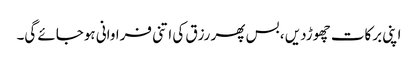
اپنی برکات چھوڑدیں ، بس پھر رزق کی اتنی فراوانی ہوجائے گی۔